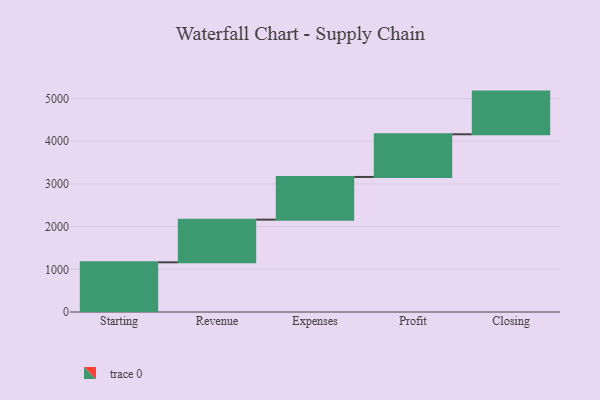
{"axis": {"x": "Step", "y": "Value"}, "legend": [""], "data": [{"x": "Starting", "y": 1164.0, "type": ""}, {"x": "Revenue", "y": 1000, "type": ""}, {"x": "Expenses", "y": 1000, "type": ""}, {"x": "Profit", "y": 1000, "type": ""}, {"x": "Closing", "y": 1000, "type": ""}]}